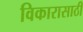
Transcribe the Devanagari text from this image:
विकारासाठी